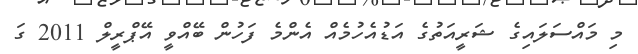
މި މައްސަލައިގެ ޝަރީއަތުގެ އަޑުއެހުމެއް އެންމެ ފަހުން ބޭއްވީ އޭޕްރީލް 2011 ގަ